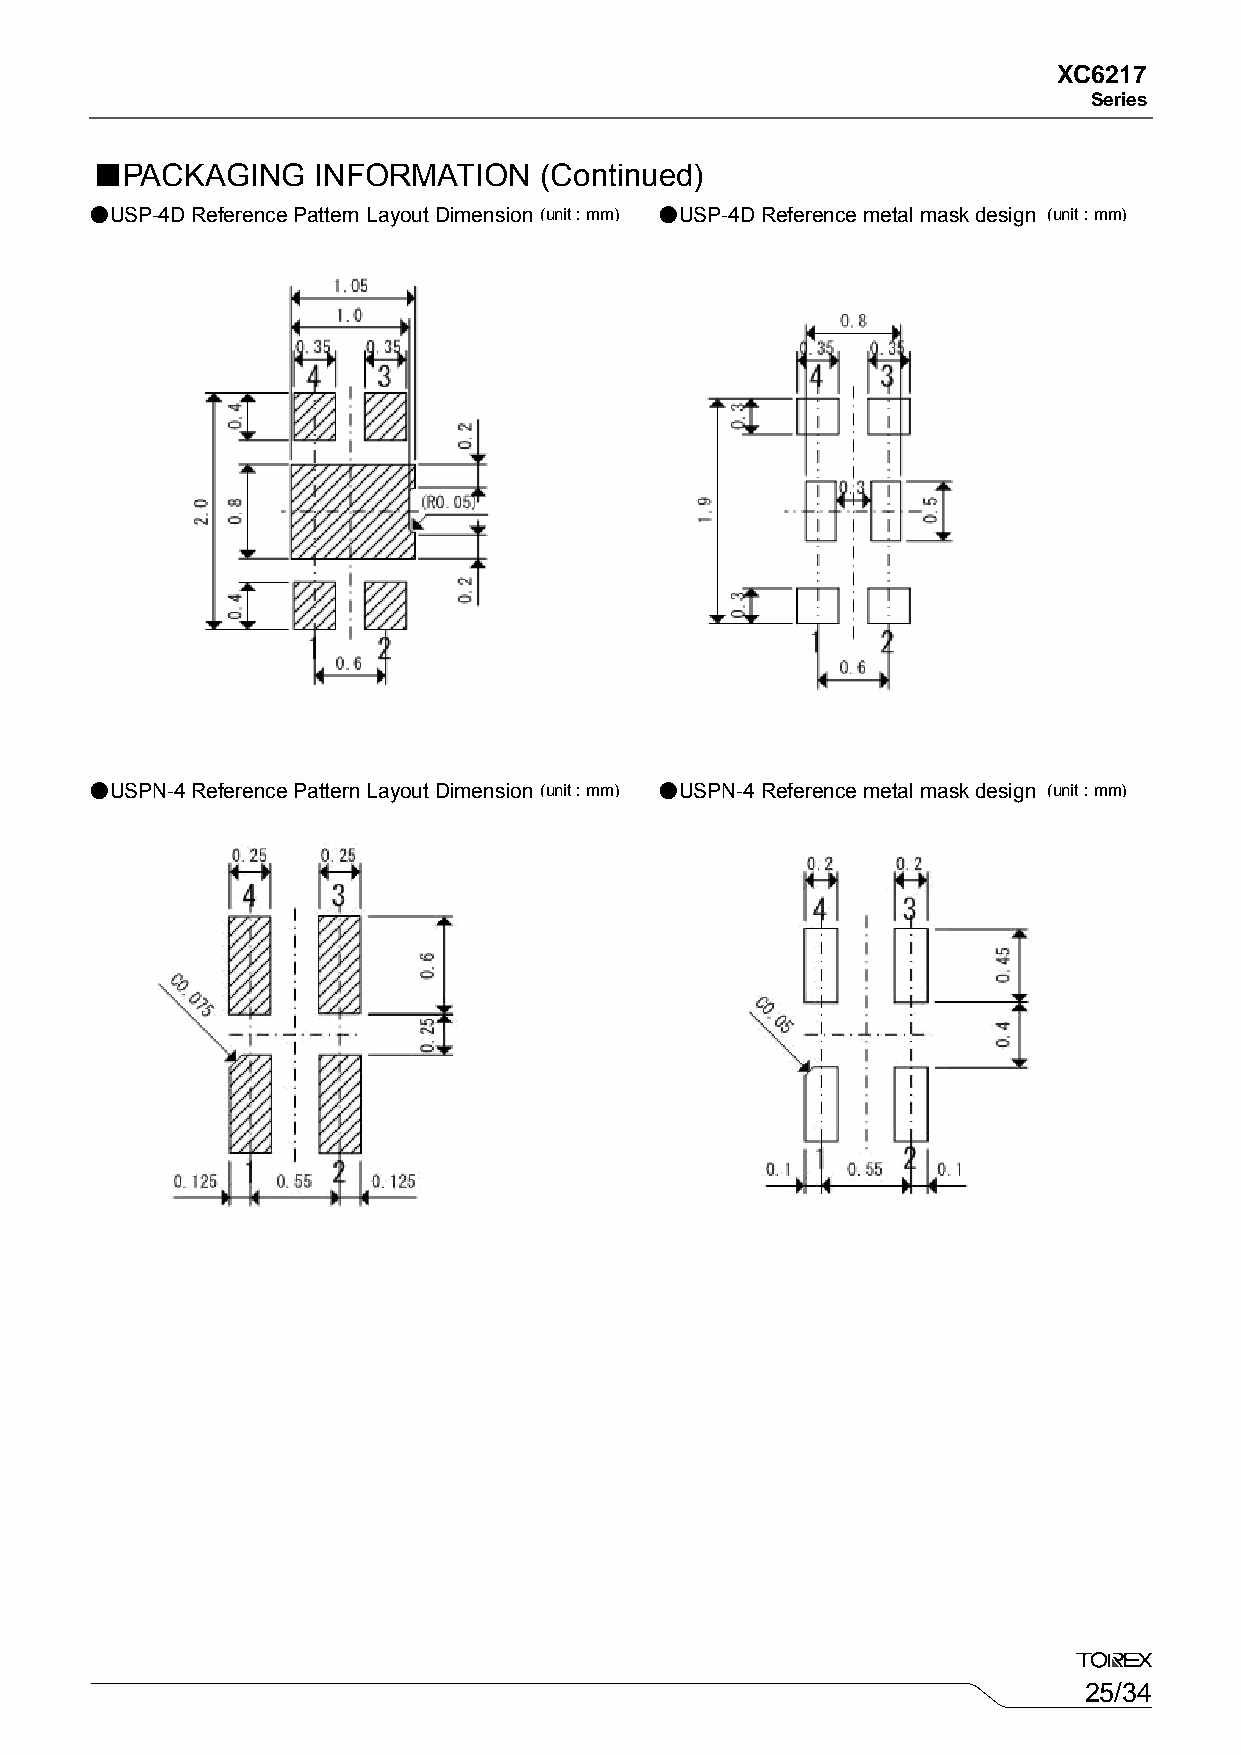
XC6217
 Series
 ■PACKAGING     INFORMATION    (Continued)
 ●USP-4D Reference Pattern Layout Dimension (u n it : m m ) ●USP-4D Reference metal mask design (unit : mm)
 ●USPN-4 Reference Pattern Layout Dimension (u n it : m m ) ●USPN-4 Reference metal mask design (unit : mm)
 25/34